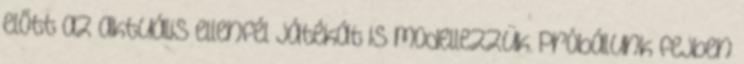
előtt az aktuális ellenfél játékát is modellezzük. Próbálunk fejben